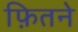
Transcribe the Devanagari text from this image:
फ़ितने